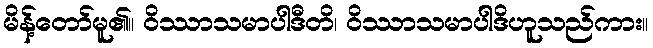
မိန့်တော်မူ၏။ ဝိဿာသမာပါဒီတိ၊ ဝိဿာသမာပါဒိဟူသည်ကား။